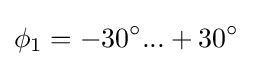
\phi _{1}=-30^{\circ }...+30^{\circ }